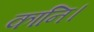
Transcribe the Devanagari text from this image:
कानि।